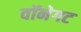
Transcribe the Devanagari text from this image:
वॉनेगट